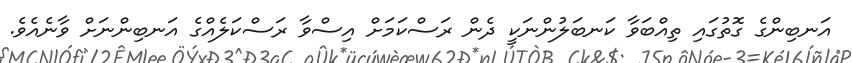
އަނބިންގެ ގޮތުގައި ތިއްބަވާ ކަނބަލުންނަކީ ދެން ރަސްކަމަށް އިސްވާ ރަސްކަލެއްގެ އަނބިންނަށް ވާނެއެވެ.